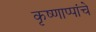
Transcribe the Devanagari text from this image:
कृष्णाप्पांचे